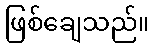
ဖြစ်ချေသည်။